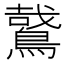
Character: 𪃘